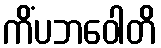
ကိံပဘဝေါတိ